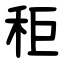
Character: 秬